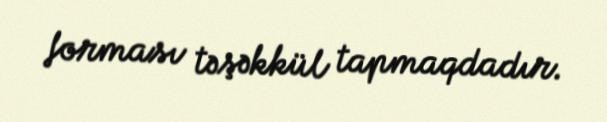
forması təşəkkül tapmaqdadır.